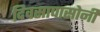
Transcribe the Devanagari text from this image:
दिवसापासोनी